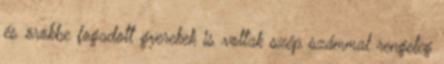
és örökbe fogadott gyerekek is voltak szép számmal rengeteg